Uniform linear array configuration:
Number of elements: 4
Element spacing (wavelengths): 0.25
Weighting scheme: exponential
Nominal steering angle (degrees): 45
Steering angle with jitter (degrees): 45.507
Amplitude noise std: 0.05
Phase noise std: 0.05

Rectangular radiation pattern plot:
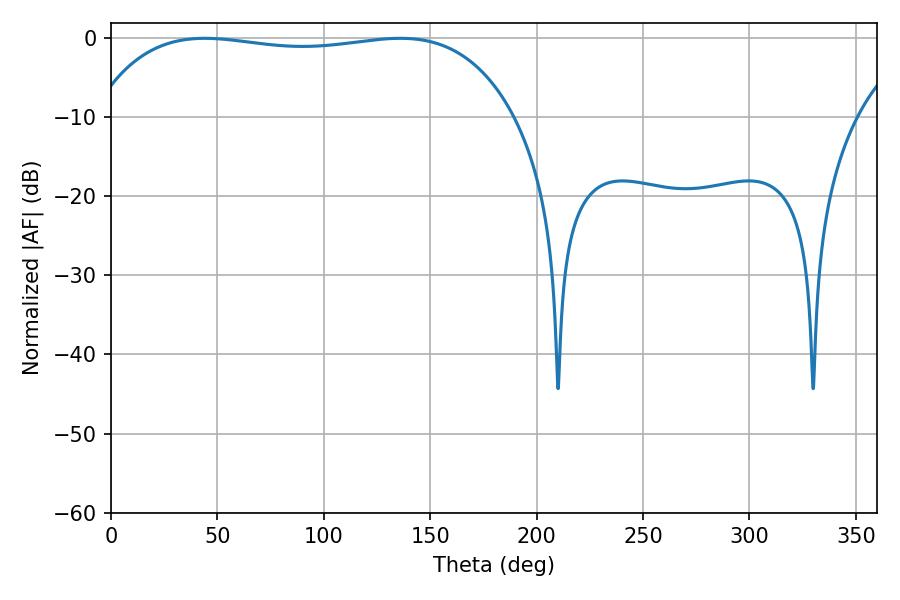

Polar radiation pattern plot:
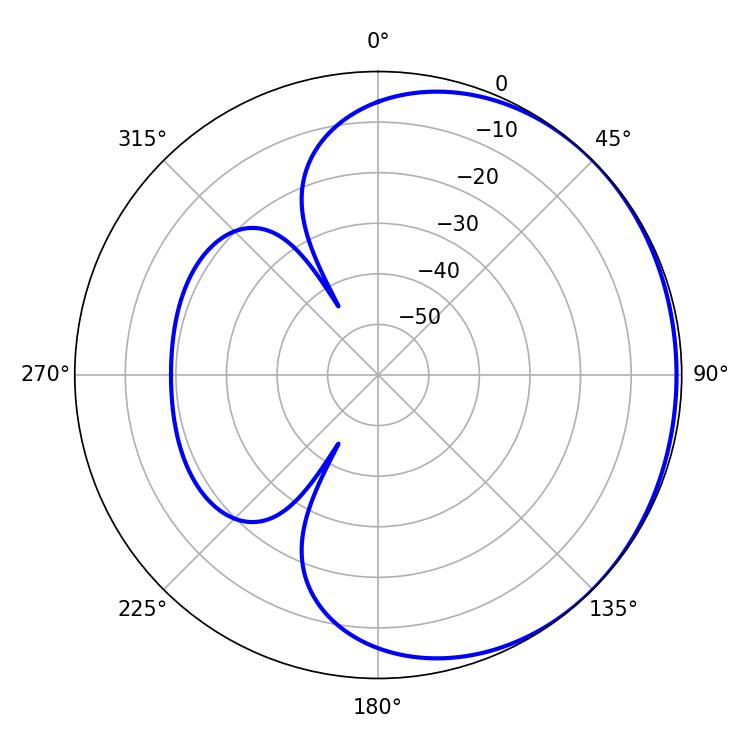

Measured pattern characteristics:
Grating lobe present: FALSE
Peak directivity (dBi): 0.6773
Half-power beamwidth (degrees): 158.4
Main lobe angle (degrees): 44.1